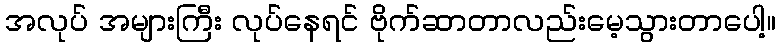
အလုပ် အများကြီး လုပ်နေရင် ဗိုက်ဆာတာလည်းမေ့သွားတာပေါ့။